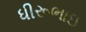
ધીરૂભાઇ